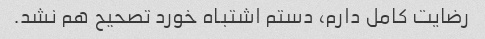
رضایت کامل دارم، دستم اشتباه خورد تصحیح هم نشد.